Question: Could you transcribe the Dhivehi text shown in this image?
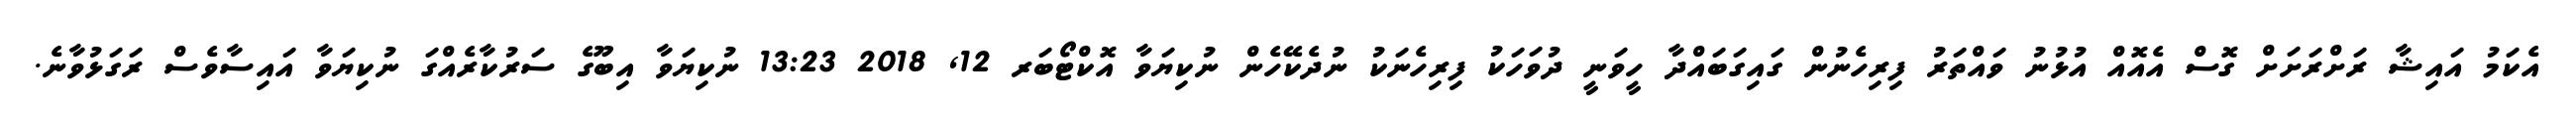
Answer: އެކަމު އައިޝާ ރަށްރަށަށް ގޮސް އެއޮއް އުޅުނު ވައްތަރު ފިރިހެނުން ގައިގަބައްދާ ހީވަނީ ދުވަހަކު ފިރިހެނަކު ނުދެކޭހެން ނުކިޔަވާ އޮކްޓޯބަރ 12, 2018 13:23 ނުކިޔަވާ އިބޫގެ ސަރުކާރެއްގަ ނުކިޔަވާ އައިސާވެސް ރަގަޅުވާނެ.